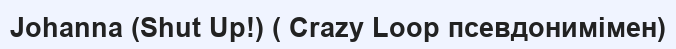
Johanna (Shut Up!) ( Crazy Loop псевдонимімен)